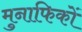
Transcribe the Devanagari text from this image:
मुनाफिकों